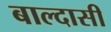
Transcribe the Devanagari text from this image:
बाल्दासी